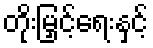
တိုးမြှင့်ရေးနှင့်